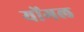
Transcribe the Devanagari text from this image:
योंगल